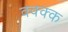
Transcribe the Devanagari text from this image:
क्क्क्क